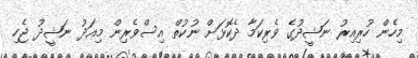
މިހެން ހުރިއިރު ނަޝީދުގެ ވެރިކަމާ ދެކޮޅަށް ނުކުތް އިސްވެރިން މިިއަދު ނަޝީދު ޖެހި